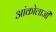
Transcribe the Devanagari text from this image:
आंकोलाजी